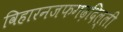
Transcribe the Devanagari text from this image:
विहारनजफगढ़दिल्ली